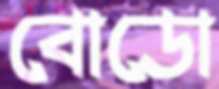
বোডো